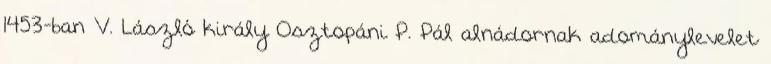
1453-ban V. László király Osztopáni P. Pál alnádornak adománylevelet